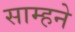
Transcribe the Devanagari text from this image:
साम्हने